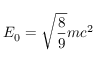
{ \cal { E } } _ { 0 } = \sqrt { \frac { 8 } { 9 } } m c ^ { 2 }